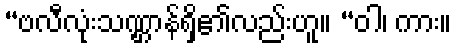
“ဗလီလုံးသဏ္ဌာန်ရှိ၏လည်းဟူ။ “ဝါ၊ ကား။